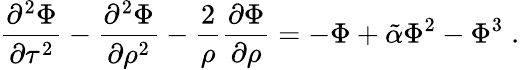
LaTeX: {\frac{\partial^{2}\Phi}{\partial\tau^{2}}}-{\frac{\partial^{2}\Phi}{\partial\rho^{2}}}-{\frac{2}{\rho}}{\frac{\partial\Phi}{\partial\rho}}=-\Phi+\tilde{\alpha}\Phi^{2}-\Phi^{3}\; .